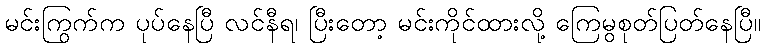
မင်းကြွက်က ပုပ်နေပြီ လင်နီရ၊ ပြီးတော့ မင်းကိုင်ထားလို့ ကြေမွစုတ်ပြတ်နေပြီ။